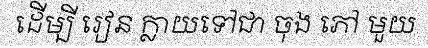
ដើម្បី រៀន ក្លាយទៅជា ចុង ភៅ មួយ